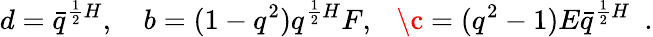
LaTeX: d=\bar{q}^{{\frac{1}{2}}H},\ \ \ \ b=(1-q^{2})q^{{\frac{1}{2}}H}F,\ \ \ \c=(q^{2}-1)E\bar{q}^{{\frac{1}{2}}H}\ \ .